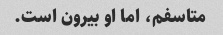
متاسفم، اما او بیرون است.